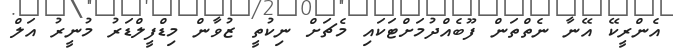
އެންރީކޭ އޭނާ ނެތްތަން ފޫބެއްދުމަށްޓަކައި މެޗަށް ނިކުތީ ޒުވާން މިޑްފީލްޑަރު މުނީރު އަލް